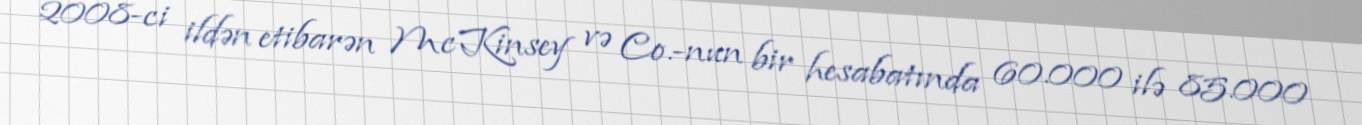
2008-ci ildən etibarən McKinsey və Co.-nun bir hesabatında 60.000 ilə 85.000